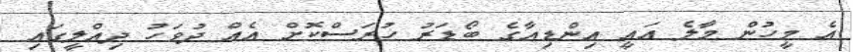
އެ މީހުން މާލެ އައީ އިންޑިއާގެ ބޯޑަރު ހުރަސްކޮށް އެއް ދުވަހު ދިއްލީގައި